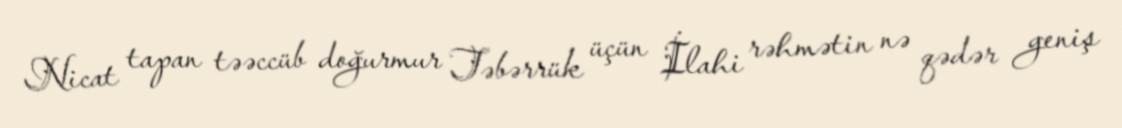
Nicat tapan təəccüb doğurmur Təbərrük üçün İlahi rəhmətin nə qədər geniş